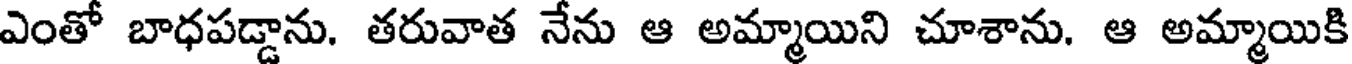
ఎంతో బాధపడ్డాను. తరువాత నేను ఆ అమ్మాయిని చూశాను. ఆ అమ్మాయికి